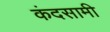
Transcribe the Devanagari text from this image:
कंदसामी